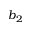
b _ { 2 }